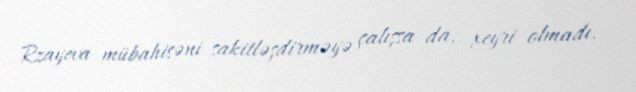
Rzayeva mübahisəni sakitləşdirməyə çalışsa da, xeyri olmadı.